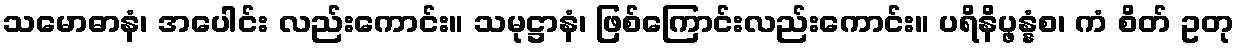
သမောဓာနံ၊ အပေါင်း လည်းကောင်း။ သမုဋ္ဌာနံ၊ ဖြစ်ကြောင်းလည်းကောင်း။ ပရိနိပ္ဖန္နံစ၊ ကံ စိတ် ဥတု